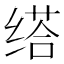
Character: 𦈘